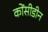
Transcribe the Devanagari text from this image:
कोंसीडीन